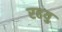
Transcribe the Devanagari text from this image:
रहयु